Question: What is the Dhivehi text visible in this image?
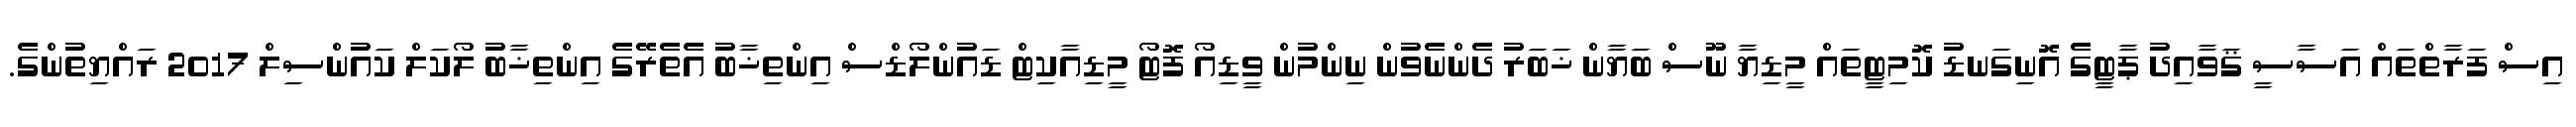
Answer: އިސް ފަރާތްތައް އަސާސީ ޤަވާއިދު ޕާޓީގެ އޮނިގަނޑު ކޮމިޓީތައް މީޑިޔާ ނޫސް ބަޔާން ޚަބަރު ދެންނެވުން ނިންމުން ވީޑިއޯ ފޮޓޯ މީޑިއާކިޓް ޑައުންލޯޑްސް އިންތިޚާބު އެތެރޭގެ އިންތިޚާބު ލޯކަލް ކައުންސިލް 2017 ރައްޔިތުންގެ.